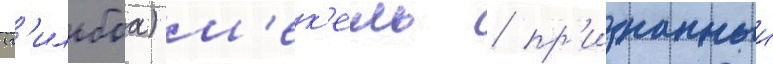
(г'ильбоа) м'ек'ель / пр'изнанныи